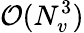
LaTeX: \mathcal{O}(N_{v}^{3})